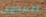
العدوى